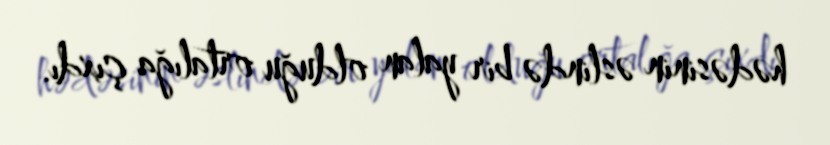
hədəsinin əslində bir yalan olduğu ortalığa çıxdı.